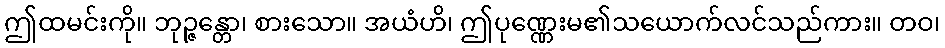
ဤထမင်းကို။ ဘုဉ္ဇန္တော၊ စားသော။ အယံဟိ၊ ဤပုဏ္ဏေးမ၏သယောက်လင်သည်ကား။ တဝ၊